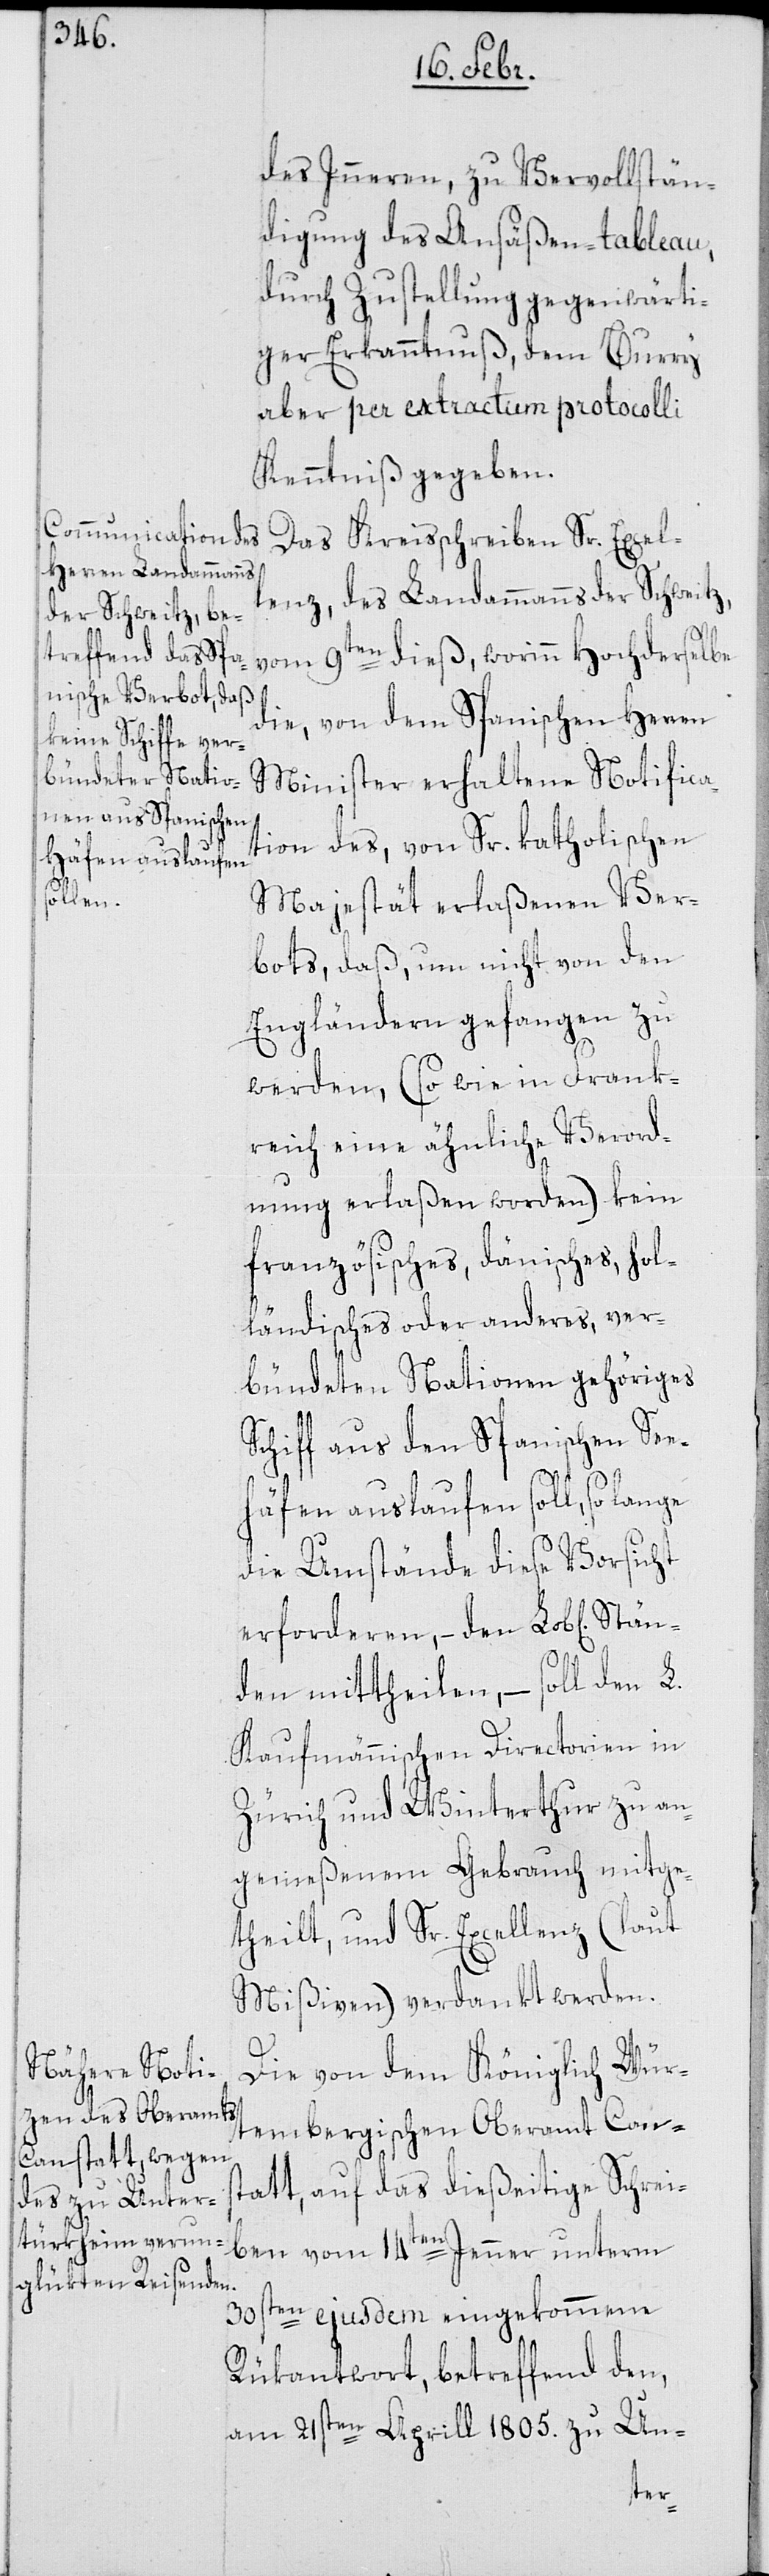
des Inneren, zu Vervollstän¬
digung des Ansäßen-Tableau,
durch Zustellung gegenwärti¬
ger Erkanntnuß, dem Burry
aber per extractum protocolli
Kenntniß gegeben.
Das Kreisschreiben Sr. Excel¬
lenz, des Landammanns der Schweitz
vom 9ten dieß, worinn Hochderselbe
die, von dem Spanischen Herren
Minister erhaltene Notifica¬
tion des von Sr. katholischen
Stän¬
Majestät erlaßenen Ver¬
bots, daß, um nicht von den
Engländern gefangen zu
werden, (so wie in Frank¬
reich eine ähnliche Verord¬
nung erlaßen worden) kein
französisches, dänisches, hol¬
ländisches oder anderes, ver¬
bündeten Nationen gehöriges
Schiff aus den Spanischen See¬
häfen auslaufen soll, so lange
die Umstände diese Vorsicht
erforderen, – den Lob[lichen]
den mittheilen, – soll den L.
Kaufmännischen Directorien in
Zürich und Winterthur zu an¬
gemeßenem Gebrauch mitge¬
theilt, und Sr. Excellenz (laut
Mißiven) verdankt werden.
Die von dem Königlich Wür¬
tembergischen Oberamt Canns¬
tatt, auf das dießeitige Schrei¬
ben vom 14ten Jenner unterm
30sten ejusdem eingekommene
Rükantwort, betreffend den,
am 21sten Aprill 1805. zu Un-